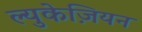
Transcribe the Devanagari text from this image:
ल्युकेज़ियन